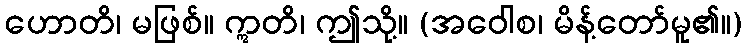
ဟောတိ၊ မဖြစ်။ ဣတိ၊ ဤသို့။ (အဝေါစ၊ မိန့်တော်မူ၏။)